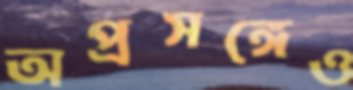
অপ্রসঙ্গেও